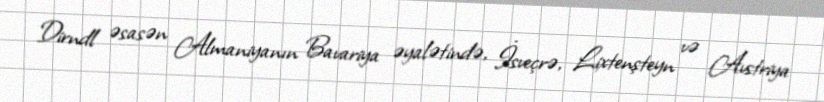
Dirndl əsasən Almaniyanın Bavariya əyalətində, İsveçrə, Lixtenşteyn və Avstriya